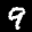
Label: 9